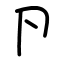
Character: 卪